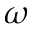
\omega